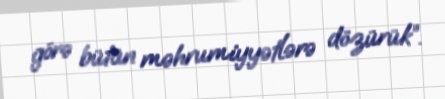
görə bütün məhrumiyyətlərə dözürük”.